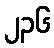
၂၃၆